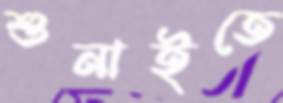
শুনাইতে